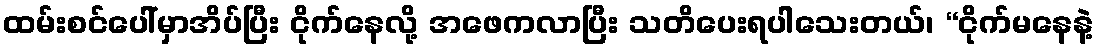
ထမ်းစင်ပေါ်မှာအိပ်ပြီး ငိုက်နေလို့ အဖေကလာပြီး သတိပေးရပါသေးတယ်၊ “ငိုက်မနေနဲ့